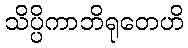
သိပ္ပိကာဘိရုတေဟိ